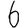
Digit: 6